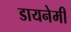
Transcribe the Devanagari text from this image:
डायनेमी